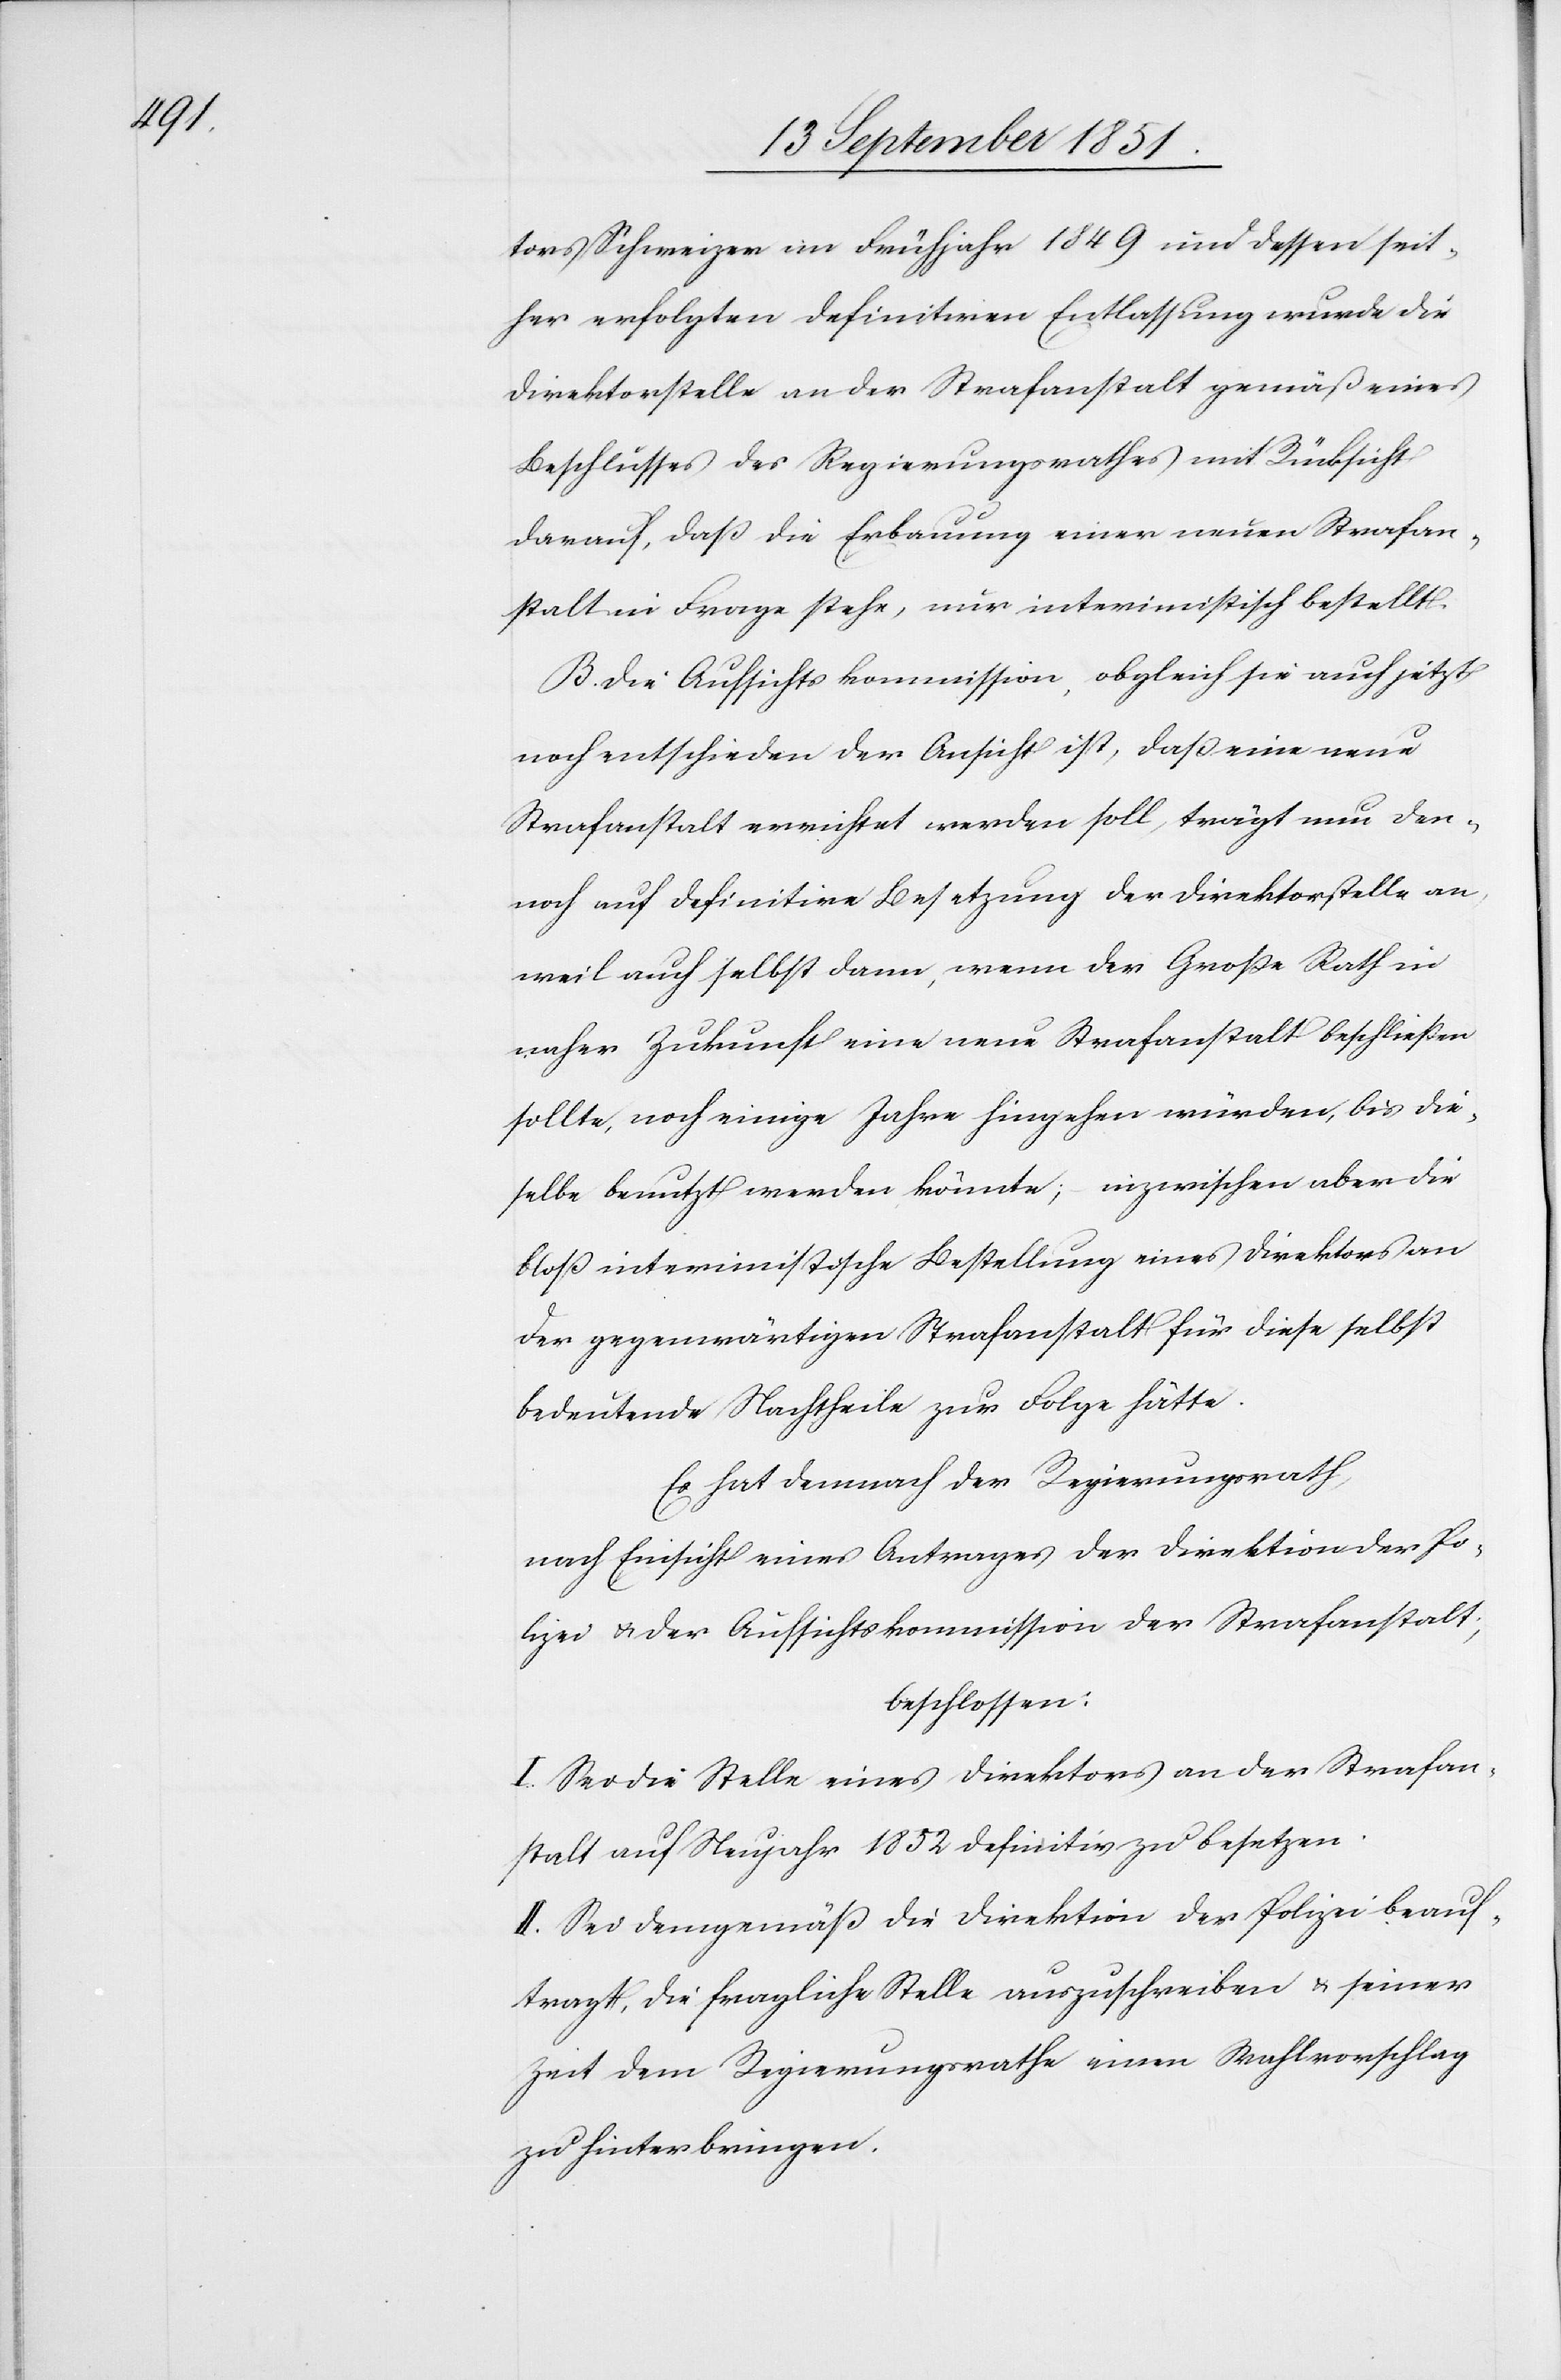
tors Schweizer im Frühjahr 1849 und dessen seit¬
her erfolgten definitiven Entlassung wurde die
Direktorstelle an der Strafanstalt gemäß eines
Beschlusses des Regierungsrathes mit Rücksicht
darauf, daß die Erbauung einer neuen Strafan¬
stalt in Frage stehe, nur interimistisch bestellt.
B. Die Aufsichtskommission, obgleich sie auch jetzt
noch entschieden der Ansicht ist, daß eine neue
Strafanstalt errichtet werden soll, trägt nun den¬
noch auf definitive Besetzung der Direktorstelle an,
weil auch selbst dann, wenn der Große Rath in
naher Zukunft eine neue Strafanstalt beschließen
sollte, noch einige Jahre hingehen würden, bis die¬
selbe benutzt werden könnte; inzwischen aber die
bloß interimistische Bestellung eines Direktors an
der gegenwärtigen Strafanstalt für diese selbst
bedeutende Nachtheile zur Folge hätte.
Es hat demnach der Regierungsrath,
nach Einsicht eines Antrages der Direktion der Po¬
lizei & der Aufsichtskommission der Strafanstalt;
beschlossen:
I. Sei die Stelle eines Direktors an der Strafan¬
stalt auf Neujahr 1852 definitiv zu besetzen.
II. Sei demgemäß die Direktion der Polizei beauf¬
tragt, die fragliche Stelle auszuschreiben & seiner
Zeit dem Regierungsrathe einen Wahlvorschlag
zu hinterbringen.